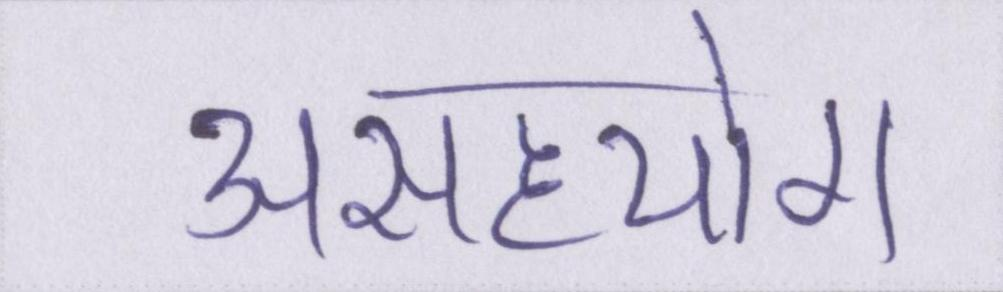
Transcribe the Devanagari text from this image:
असहयोग